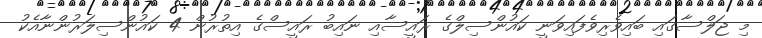
މި ޖަލްސާގައި ބައިވެރިވެފައިވަނީ ކައުންސިލްގެ ރައީސާއި ނައިބު ރައީސްގެ އިތުރުން 4 ކައުންސިލަރުންނާއެކު